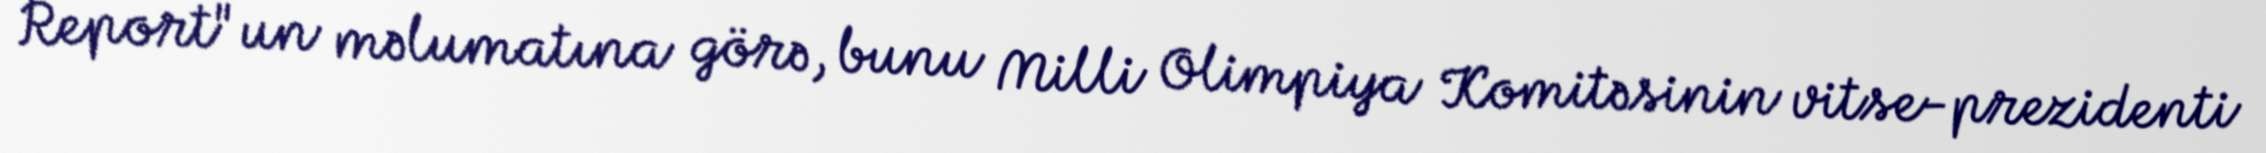
Report"un məlumatına görə, bunu Milli Olimpiya Komitəsinin vitse-prezidenti